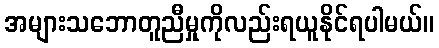
အများသဘောတူညီမှုကိုလည်းရယူနိုင်ရပါမယ်။